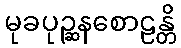
မုခပုဉ္ဆနစောဠန္တိ